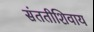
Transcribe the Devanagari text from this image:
संततीशिवाय